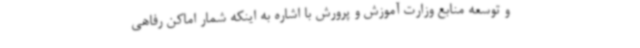
و توسعه منابع وزارت آموزش و پرورش با اشاره به اینکه شمار اماکن رفاهی